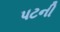
પટની